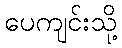
ပေကျင်းသို့